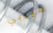
هيربي